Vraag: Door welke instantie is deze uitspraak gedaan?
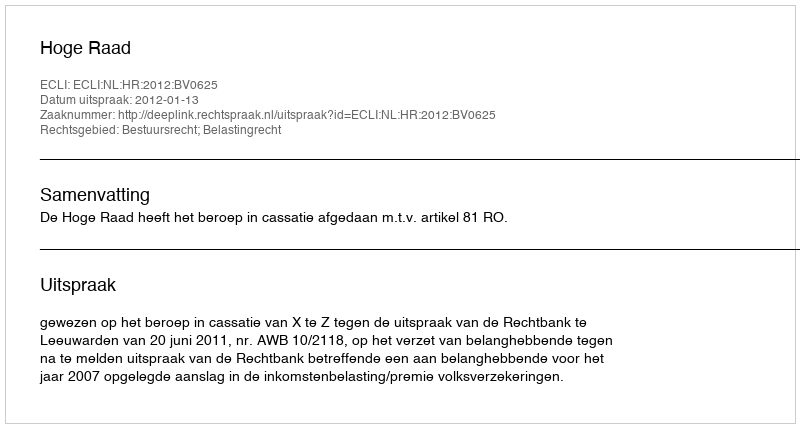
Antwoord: Hoge Raad